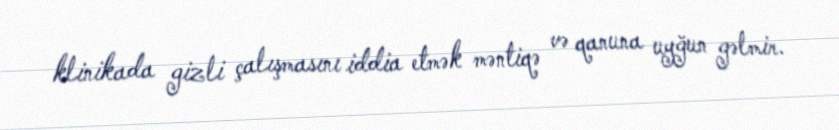
klinikada gizli çalışmasını iddia etmək məntiqə və qanuna uyğun gəlmir.